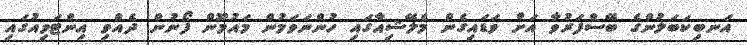
އަނބިކަބަލުންގެ ބޭސްފަރުވާ އަށް ވަޑައިގެން މެލޭޝިއާގައި ހުންނަވަމުން މައުމޫން ފޯނުން ދެއްވި އިންޓަވިއުގައި